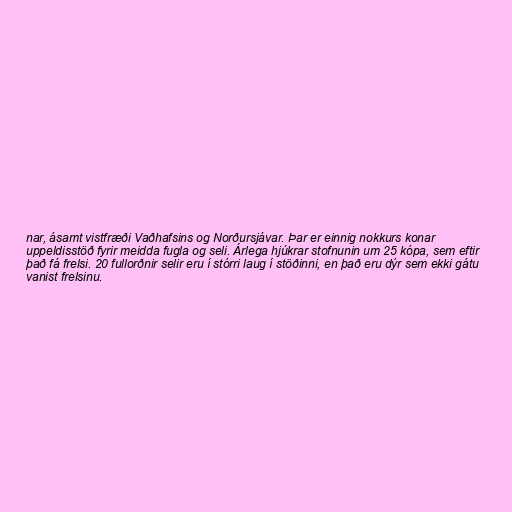
nar, ásamt vistfræði Vaðhafsins og Norðursjávar. Þar er einnig nokkurs konar
uppeldisstöð fyrir meidda fugla og seli. Árlega hjúkrar stofnunin um 25 kópa, sem eftir
það fá frelsi. 20 fullorðnir selir eru í stórri laug í stöðinni, en það eru dýr sem ekki gátu
vanist frelsinu.